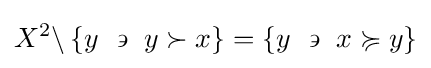
X^{2}\backslash \left\{y~\backepsilon ~y\succ x\right\}=\left\{y~\backepsilon ~x\succcurlyeq y\right\}